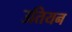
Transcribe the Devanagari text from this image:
उतियन